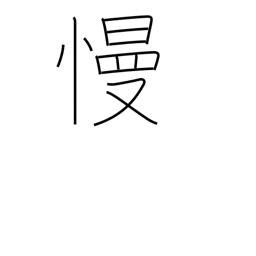
Meaning: ridicule